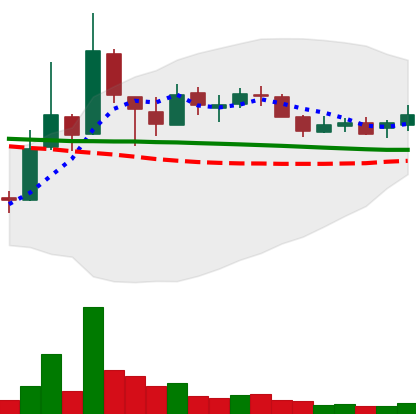
Ticker: XLM-USD
Chart end date: 2018-10-08
Forward return: -13.734%
Label: down_7plus